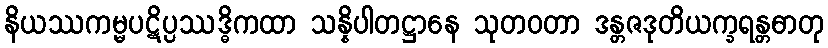
နိယဿကမ္မပဋိပ္ပဿဒ္ဓိကထာ သန္နိပါတဋ္ဌာနေ သုတဝတာ ဒန္တဇဒုတိယက္ခရန္တဓာတု